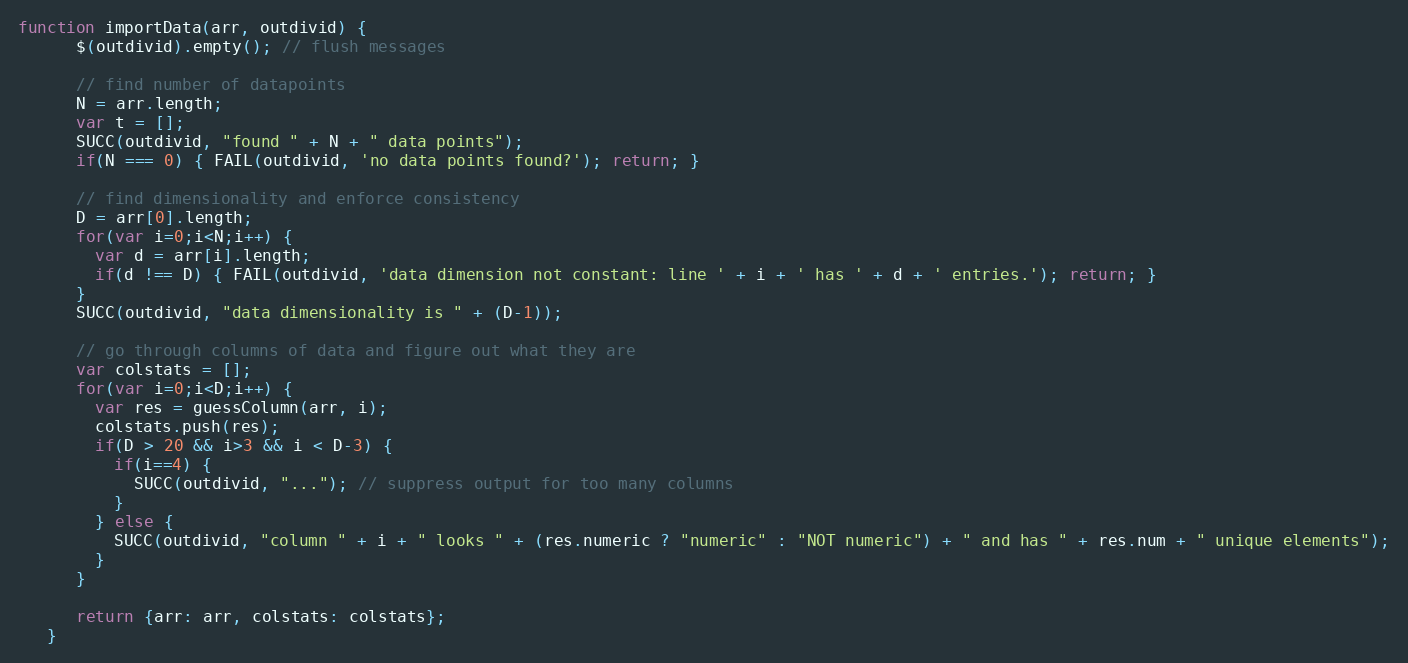
Language: JavaScript
function importData(arr, outdivid) {
      $(outdivid).empty(); // flush messages

      // find number of datapoints
      N = arr.length;
      var t = [];
      SUCC(outdivid, "found " + N + " data points");
      if(N === 0) { FAIL(outdivid, 'no data points found?'); return; }

      // find dimensionality and enforce consistency
      D = arr[0].length;
      for(var i=0;i<N;i++) {
        var d = arr[i].length;
        if(d !== D) { FAIL(outdivid, 'data dimension not constant: line ' + i + ' has ' + d + ' entries.'); return; }
      }
      SUCC(outdivid, "data dimensionality is " + (D-1));

      // go through columns of data and figure out what they are
      var colstats = [];
      for(var i=0;i<D;i++) {
        var res = guessColumn(arr, i);
        colstats.push(res);
        if(D > 20 && i>3 && i < D-3) {
          if(i==4) {
            SUCC(outdivid, "..."); // suppress output for too many columns
          }
        } else {
          SUCC(outdivid, "column " + i + " looks " + (res.numeric ? "numeric" : "NOT numeric") + " and has " + res.num + " unique elements");
        }
      }

      return {arr: arr, colstats: colstats};
   }